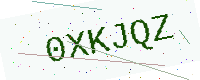
Text: 0XKJQZ